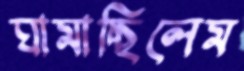
ঘামাচ্ছিলেম